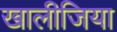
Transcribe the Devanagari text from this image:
खालीजिया